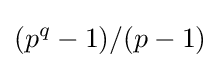
(p^{q}-1)/(p-1)